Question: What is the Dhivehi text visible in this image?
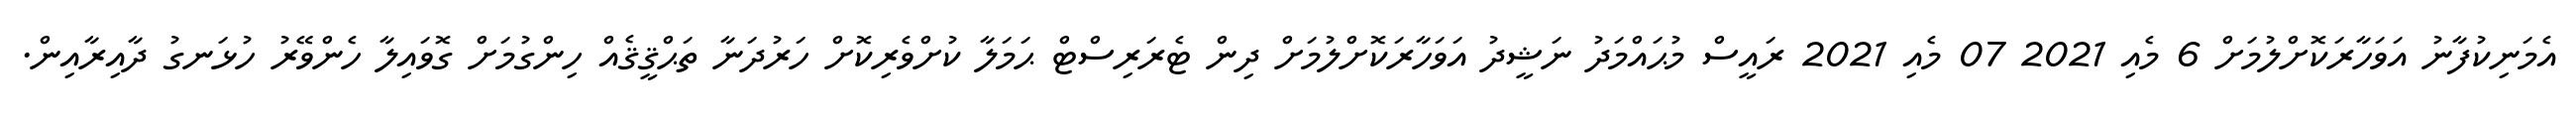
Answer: އެމަނިކުފާނު އަވަހާރަކޮށްލުމަށް 6 މެއި 2021 07 މެއި 2021 ރައީސް މުޙައްމަދު ނަޝީދު އަވަހާރަކޮށްލުމަށް ދިން ޓެރަރިސްޓް ޙަމަލާ ކުށްވެރިކޮށް ހަރުދަނާ ތަޙްޤީޤެއް ހިންގުމަށް ގޮވައިލާ ހެންވޭރު ހުޅަނގު ދާއިރާއިން.